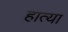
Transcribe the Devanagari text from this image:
हात्या